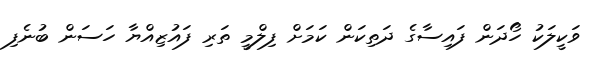
ވަކީލަކު ހޯދަން ފައިސާގެ ދަތިކަން ކަމަށް ފިލްމީ ތަރި ފައުޒިއްޔާ ހަސަން ބުނެފި